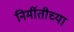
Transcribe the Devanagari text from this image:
निर्मीतीच्या